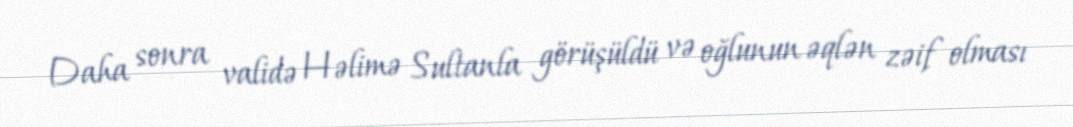
Daha sonra validə Həlimə Sultanla görüşüldü və oğlunun əqlən zəif olması